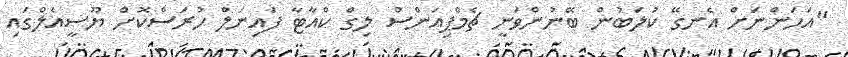
"އަހަންނަށް އެނގޭ ކުލަބުން ބޭނުންވަނީ ޗެމްޕިއަންސް ލިގް ކްއާޓާ ފައިނަލް ހުރަސްކޮށް ޔޫސީއެލްގައި